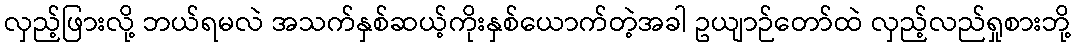
လှည့်ဖြားလို့ ဘယ်ရမလဲ အသက်နှစ်ဆယ့်ကိုးနှစ်ယောက်တဲ့အခါ ဥယျာဉ်တော်ထဲ လှည့်လည်ရှုစားဘို့